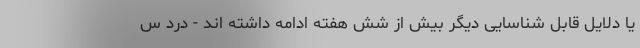
یا دلایل قابل شناسایی دیگر بیش از شش هفته ادامه داشته اند - درد س